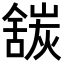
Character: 𬜍